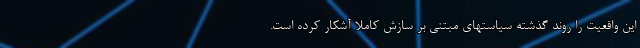
این واقعیت را روند گذشته سیاستهای مبتنی بر سازش کاملا آشکار کرده است.